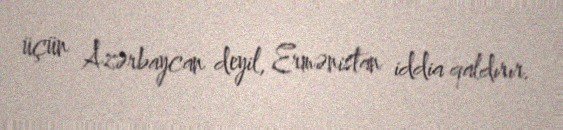
üçün Azərbaycan deyil, Ermənistan iddia qaldırır.